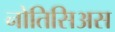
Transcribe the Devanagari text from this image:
नोतिसिअस